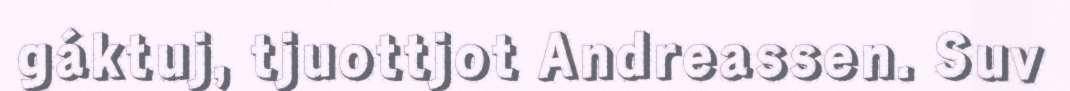
gáktuj, tjuottjot Andreassen. Suv